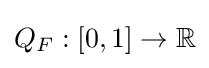
Q_{F}:[0,1]\to \mathbb {R}